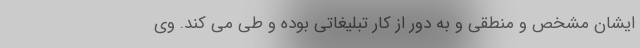
ایشان مشخص و منطقی و به دور از کار تبلیغاتی بوده و طی می کند. وی